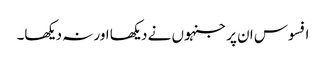
افسوس ان پر جنہوں نے دیکھا اور نہ دیکھا۔